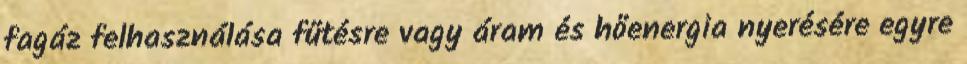
fagáz felhasználása fűtésre vagy áram és hőenergia nyerésére egyre